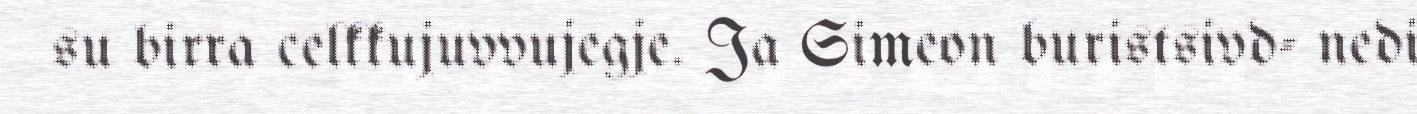
su birra celkkujuvvujegje. Ja Simeon buristsivd- nedi